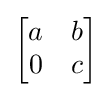
{\begin{bmatrix}a&b\\0&c\end{bmatrix}}